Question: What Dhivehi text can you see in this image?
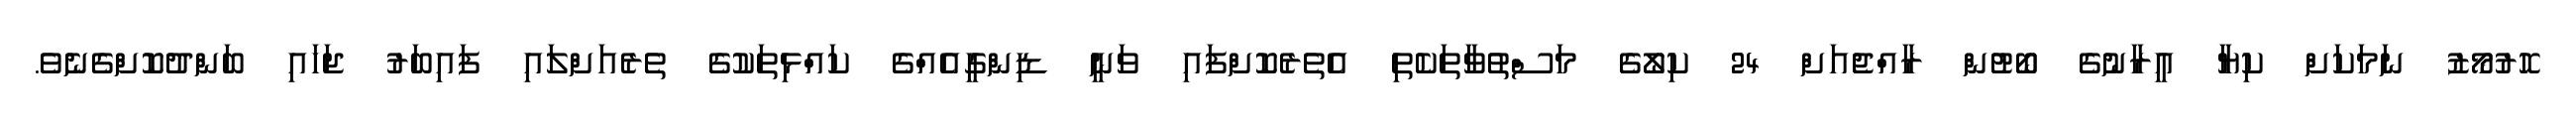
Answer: ހޮރުމޯޒު ނަމަކަށް ކިޔާ އީރާނުގެ ބޯޓުން ރާއްޖެއަށް 24 ކިލޯގެ މަސްތުވާތަކެތި އެތެރެކޮށްފައި ވަނީ ޑިންގީއެއްގެ ކައްޅިތަކުގެ ތެރެއަށްލައި ފައިބަރު ޖަހައި ބަންދުކޮށްގެނެވެ.